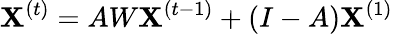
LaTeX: \mathbf{X}^{(t)}=AW\mathbf{X}^{(t-1)}+(I-A)\mathbf{X}^{(1)}